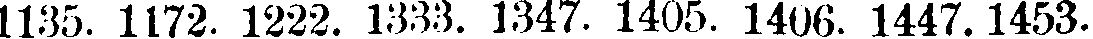
1135. 1172. 1222. 1333. 1347. 1405. 1406. 1447. 1453.